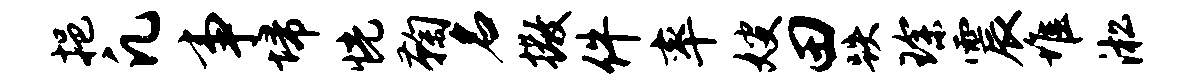
挹凡事埽恍鞠名撒件率嫂田跌琛震堆淞